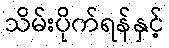
သိမ်းပိုက်ရန်နှင့်